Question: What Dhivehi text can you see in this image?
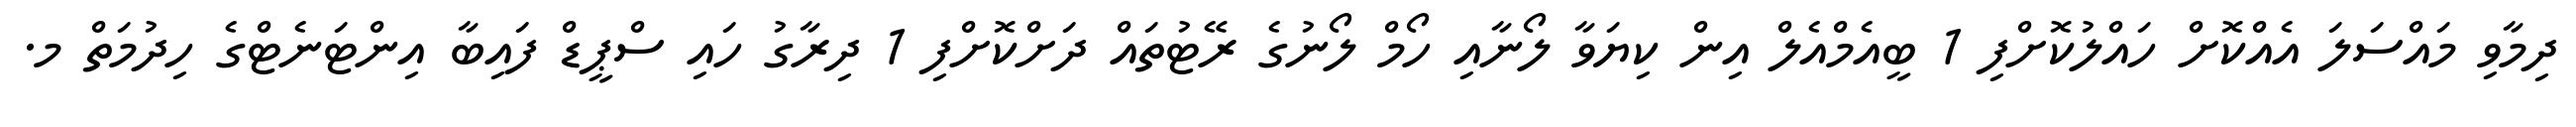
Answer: ދިމާވި މައްސަލަ އެއްކޮށް ހައްލުކޮށްފި 1 ބީއެމްއެލް އިން ކިޔަވާ ލޯނާއި ހޯމް ލޯނުގެ ރޭޓުތައް ދަށްކޮށްފި 1 ދިރާގު ހައި ސްޕީޑް ފައިބާ އިންޓަނެޓްގެ ހިދުމަތް މ.